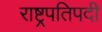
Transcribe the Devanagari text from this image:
राष्ट्रपतिपदी